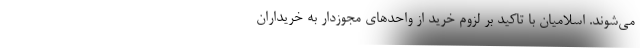
می‌شوند. اسلامیان با تاکید بر لزوم خرید از واحدهای مجوزدار به خریداران